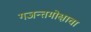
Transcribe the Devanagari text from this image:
गजन्तमोक्षाचा